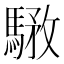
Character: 𩤝